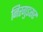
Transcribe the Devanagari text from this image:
निरगुडसर